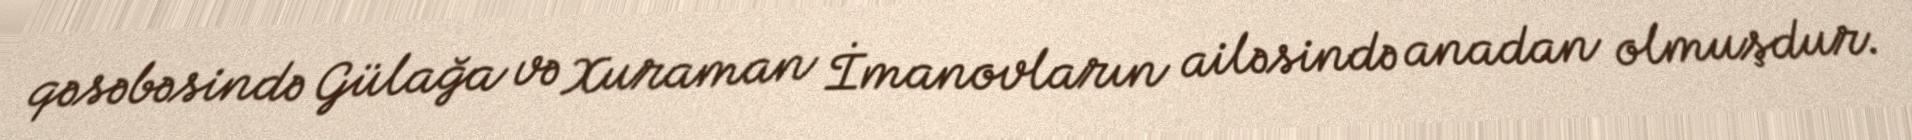
qəsəbəsində Gülağa və Xuraman İmanovların ailəsində anadan olmuşdur.